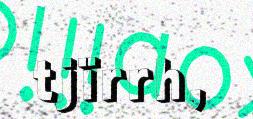
tjïrrh,